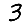
Digit: 3